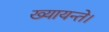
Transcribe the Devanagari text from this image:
ख्यायन्ते।